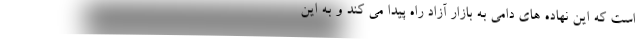
است که این نهاده های دامی به بازار آزاد راه پیدا می کند و به این